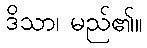
ဒိသာ၊ မည်၏။